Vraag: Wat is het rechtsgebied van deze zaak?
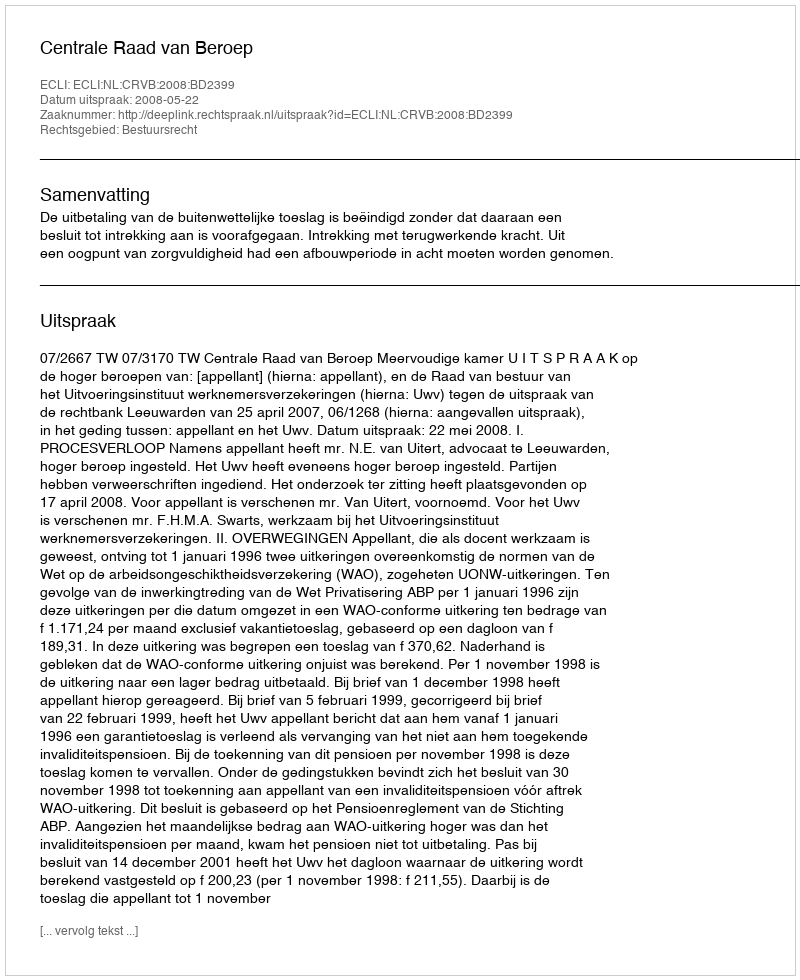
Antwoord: Bestuursrecht